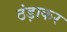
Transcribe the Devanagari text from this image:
ठंड़ाकर